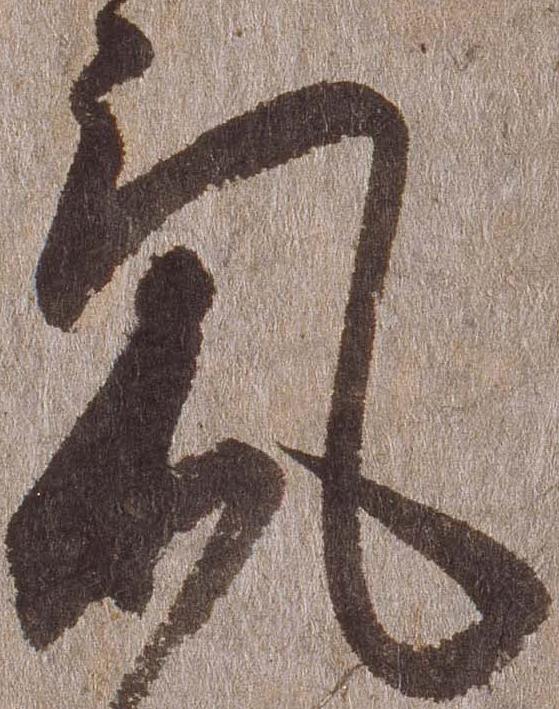
気